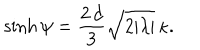
\sinh \psi = \frac { 2 \, d } 3 \sqrt { 2 | \lambda | } \, \kappa .